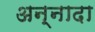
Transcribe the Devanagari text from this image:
अन्नादा